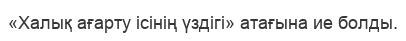
«Халық ағарту ісінің үздігі» атағына ие болды.